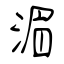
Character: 湄